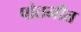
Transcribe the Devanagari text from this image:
पोतभीत